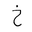
Letter: _kha